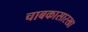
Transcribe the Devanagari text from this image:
चाबकासारखा